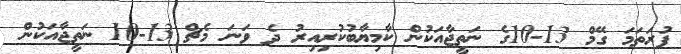
ފުރަތަމަ ގޭމް 13-10ގެ ނަތީޖާއަކުން ކާމިޔާބުކުރިއިރު ދެ ވަނަ މެޗް 13-10 ނަތީޖާއަކުން